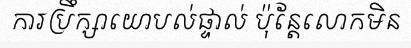
ការប្រឹក្សាយោបល់ផ្ទាល់ ប៉ុន្តែលោកមិន